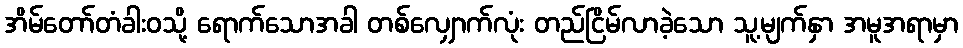
အိမ်တော်တံခါးဝသို့ ရောက်သောအခါ တစ်လျှောက်လုံး တည်ငြိမ်လာခဲ့သော သူ့မျက်နှာ အမူအရာမှာ